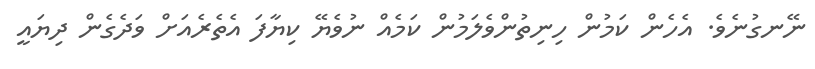
ނޭނގުނެވެ. އެހެން ކަމުން ހިނިތުންވެލަމުން ކަމެއް ނުވެޔޭ ކިޔާފަ އެތެރެއަށް ވަދެގެން ދިޔައީ